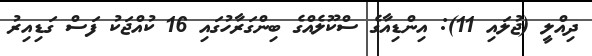
ދިއްލީ (ޖުލައި 11): އިންޑިއާގެ ސްކޫލެއްގެ ބިންގަރާހުގައި 16 ކުއްޖަކު ފަސް ގަޑިއިރު